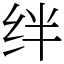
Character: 绊